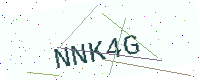
Text: NNK4G